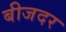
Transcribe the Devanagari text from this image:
बीजदर